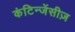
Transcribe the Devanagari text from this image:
कंटिन्जेंसीज़